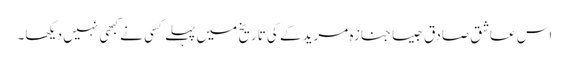
اس عاشق صادق جیسا جنازہ مریدکے کی تاریخ میں پہلے کسی نے کبھی نہیں دیکھا۔